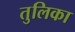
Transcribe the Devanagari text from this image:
तुलिका